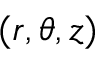
( r , \theta , z )